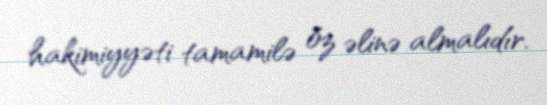
hakimiyyəti tamamilə öz əlinə almalıdır.